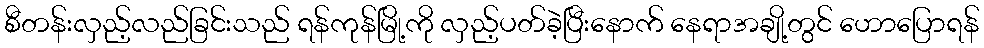
စီတန်းလှည့်လည်ခြင်းသည် ရန်ကုန်မြို့ကို လှည့်ပတ်ခဲ့ပြီးနောက် နေရာအချို့တွင် ဟောပြောရန်